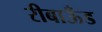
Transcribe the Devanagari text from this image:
रीबाऊँड